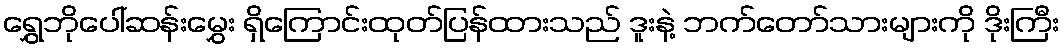
ရွှေဘိုပေါ်ဆန်းမွှေး ရှိကြောင်းထုတ်ပြန်ထားသည် ဒူးနဲ့ ဘက်တော်သားများကို ဒိုးကြီး